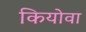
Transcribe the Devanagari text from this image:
कियोवा